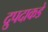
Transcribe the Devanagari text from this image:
द्रुपदाकडे